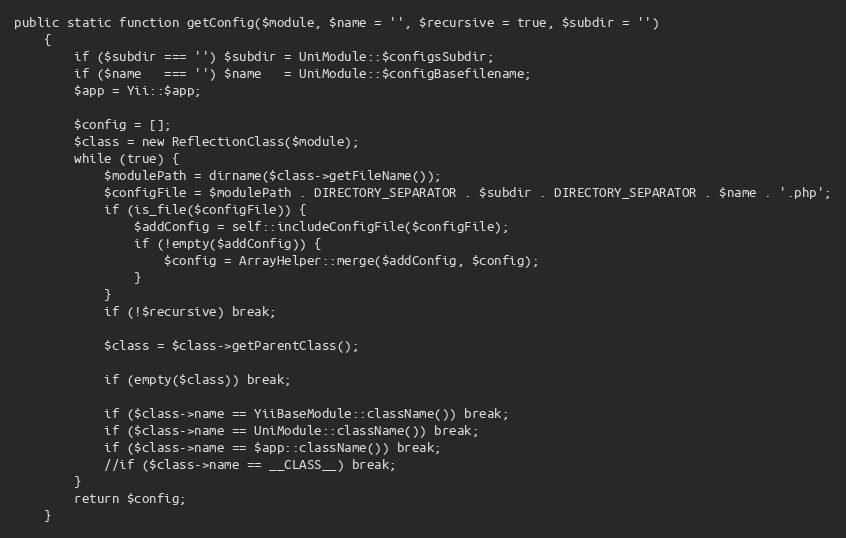
Language: PHP
public static function getConfig($module, $name = '', $recursive = true, $subdir = '')
    {
        if ($subdir === '') $subdir = UniModule::$configsSubdir;
        if ($name   === '') $name   = UniModule::$configBasefilename;
        $app = Yii::$app;

        $config = [];
        $class = new ReflectionClass($module);
        while (true) {
            $modulePath = dirname($class->getFileName());
            $configFile = $modulePath . DIRECTORY_SEPARATOR . $subdir . DIRECTORY_SEPARATOR . $name . '.php';
            if (is_file($configFile)) {
                $addConfig = self::includeConfigFile($configFile);
                if (!empty($addConfig)) {
                    $config = ArrayHelper::merge($addConfig, $config);
                }
            }
            if (!$recursive) break;

            $class = $class->getParentClass();

            if (empty($class)) break;

            if ($class->name == YiiBaseModule::className()) break;
            if ($class->name == UniModule::className()) break;
            if ($class->name == $app::className()) break;
            //if ($class->name == __CLASS__) break;
        }
        return $config;
    }